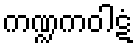
ကဏ္ဍကဝါဋံ